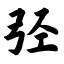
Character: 弪